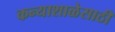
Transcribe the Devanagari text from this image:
कन्याशाळेसाठी